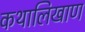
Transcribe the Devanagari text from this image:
कथालिखाण